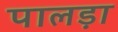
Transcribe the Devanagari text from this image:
पालड़ा